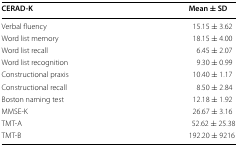
<table><thead><tr><td><b>CERAD-K</b></td><td><b>Mean ± SD</b></td></tr></thead><tbody><tr><td>Verbal fluency</td><td>15.15 ± 3.62</td></tr><tr><td>Word list memory</td><td>18.15 ± 4.00</td></tr><tr><td>Word list recall</td><td>6.45 ± 2.07</td></tr><tr><td>Word list recognition</td><td>9.30 ± 0.99</td></tr><tr><td>Constructional praxis</td><td>10.40 ± 1.17</td></tr><tr><td>Constructional recall</td><td>8.50 ± 2.84</td></tr><tr><td>Boston naming test</td><td>12.18 ± 1.92</td></tr><tr><td>MMSE-K</td><td>26.67 ± 3.16</td></tr><tr><td>TMT-A</td><td>52.62 ± 25.38</td></tr><tr><td>TMT-B</td><td>192.20 ± 9216</td></tr></tbody></table>